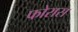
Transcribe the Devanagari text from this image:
फोरास